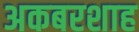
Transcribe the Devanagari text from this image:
अकबरशाह